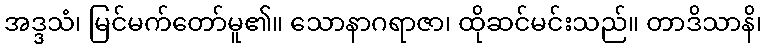
အဒ္ဒသံ၊ မြင်မက်တော်မူ၏။ သောနာဂရာဇာ၊ ထိုဆင်မင်းသည်။ တာဒိသာနိ၊